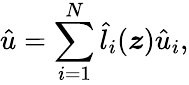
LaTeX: \hat{u}=\sum_{i=1}^{N}\hat{l}_{i}(\boldsymbol{\boldsymbol{z}})\hat{u}_{i},